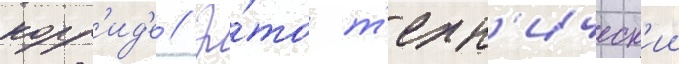
корр'ид'е // Э́то т'ехн'ическ'ии